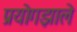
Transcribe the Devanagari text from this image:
प्रयोगझाले